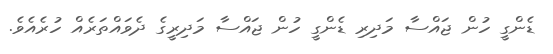
ޑެންގީ ހުން ޖައްސާ މަދިރި ޑެންގީ ހުން ޖައްސާ މަދިރީގެ ދެވައްތަރެއް ހުރެއެވެ.